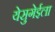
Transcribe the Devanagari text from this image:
येसुगेईला